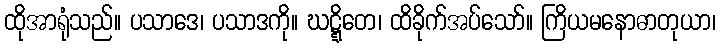
ထိုအာရုံသည်။ ပသာဒေ၊ ပသာဒကို။ ဃဋ္ဋိတေ၊ ထိခိုက်အပ်သော်။ ကြိယမနောဓာတုယာ၊